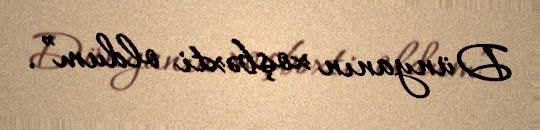
Dünyanın xoşbəxti oldum”.